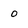
Character: o